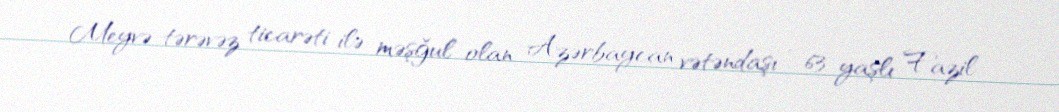
Meyvə-tərəvəz ticarəti ilə məşğul olan Azərbaycan vətəndaşı - 63 yaşlı Fazil